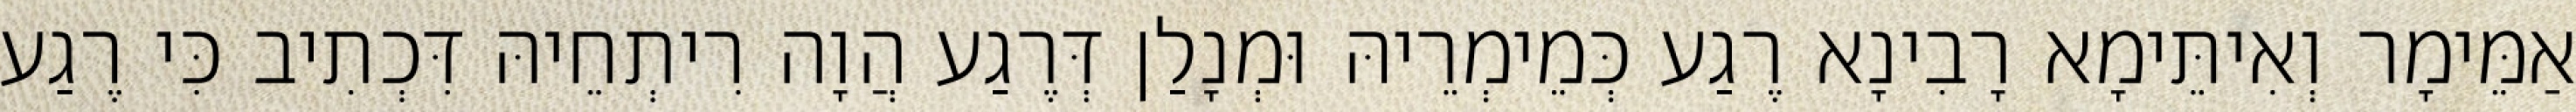
אַמֵּימָר וְאִיתֵּימָא רָבִינָא רֶגַע כְּמֵימְרֵיהּ וּמְנָלַן דְּרֶגַע הֲוָה רִיתְחֵיהּ דִּכְתִיב כִּי רֶגַע